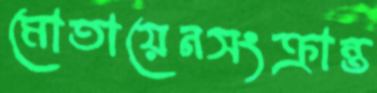
মোতায়েনসংক্রান্ত